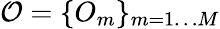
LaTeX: \mathcal{O}=\{ O_{m}\} _{m=1\dots M}